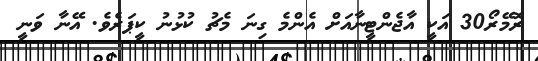
ރޮމޭރޯ30 އަކީ އާޖެންޓީނާއަށް އެންމެ ގިނަ މެޗު ކުޅުނު ކީޕަރެވެ. އޭނާ ވަނީ